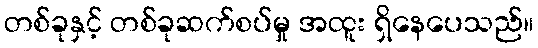
တစ်ခုနှင့် တစ်ခုဆက်စပ်မှု အထူး ရှိနေပေသည်။